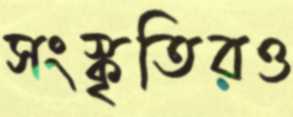
সংস্কৃতিরও